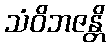
သံဝိဘဇန္တိ